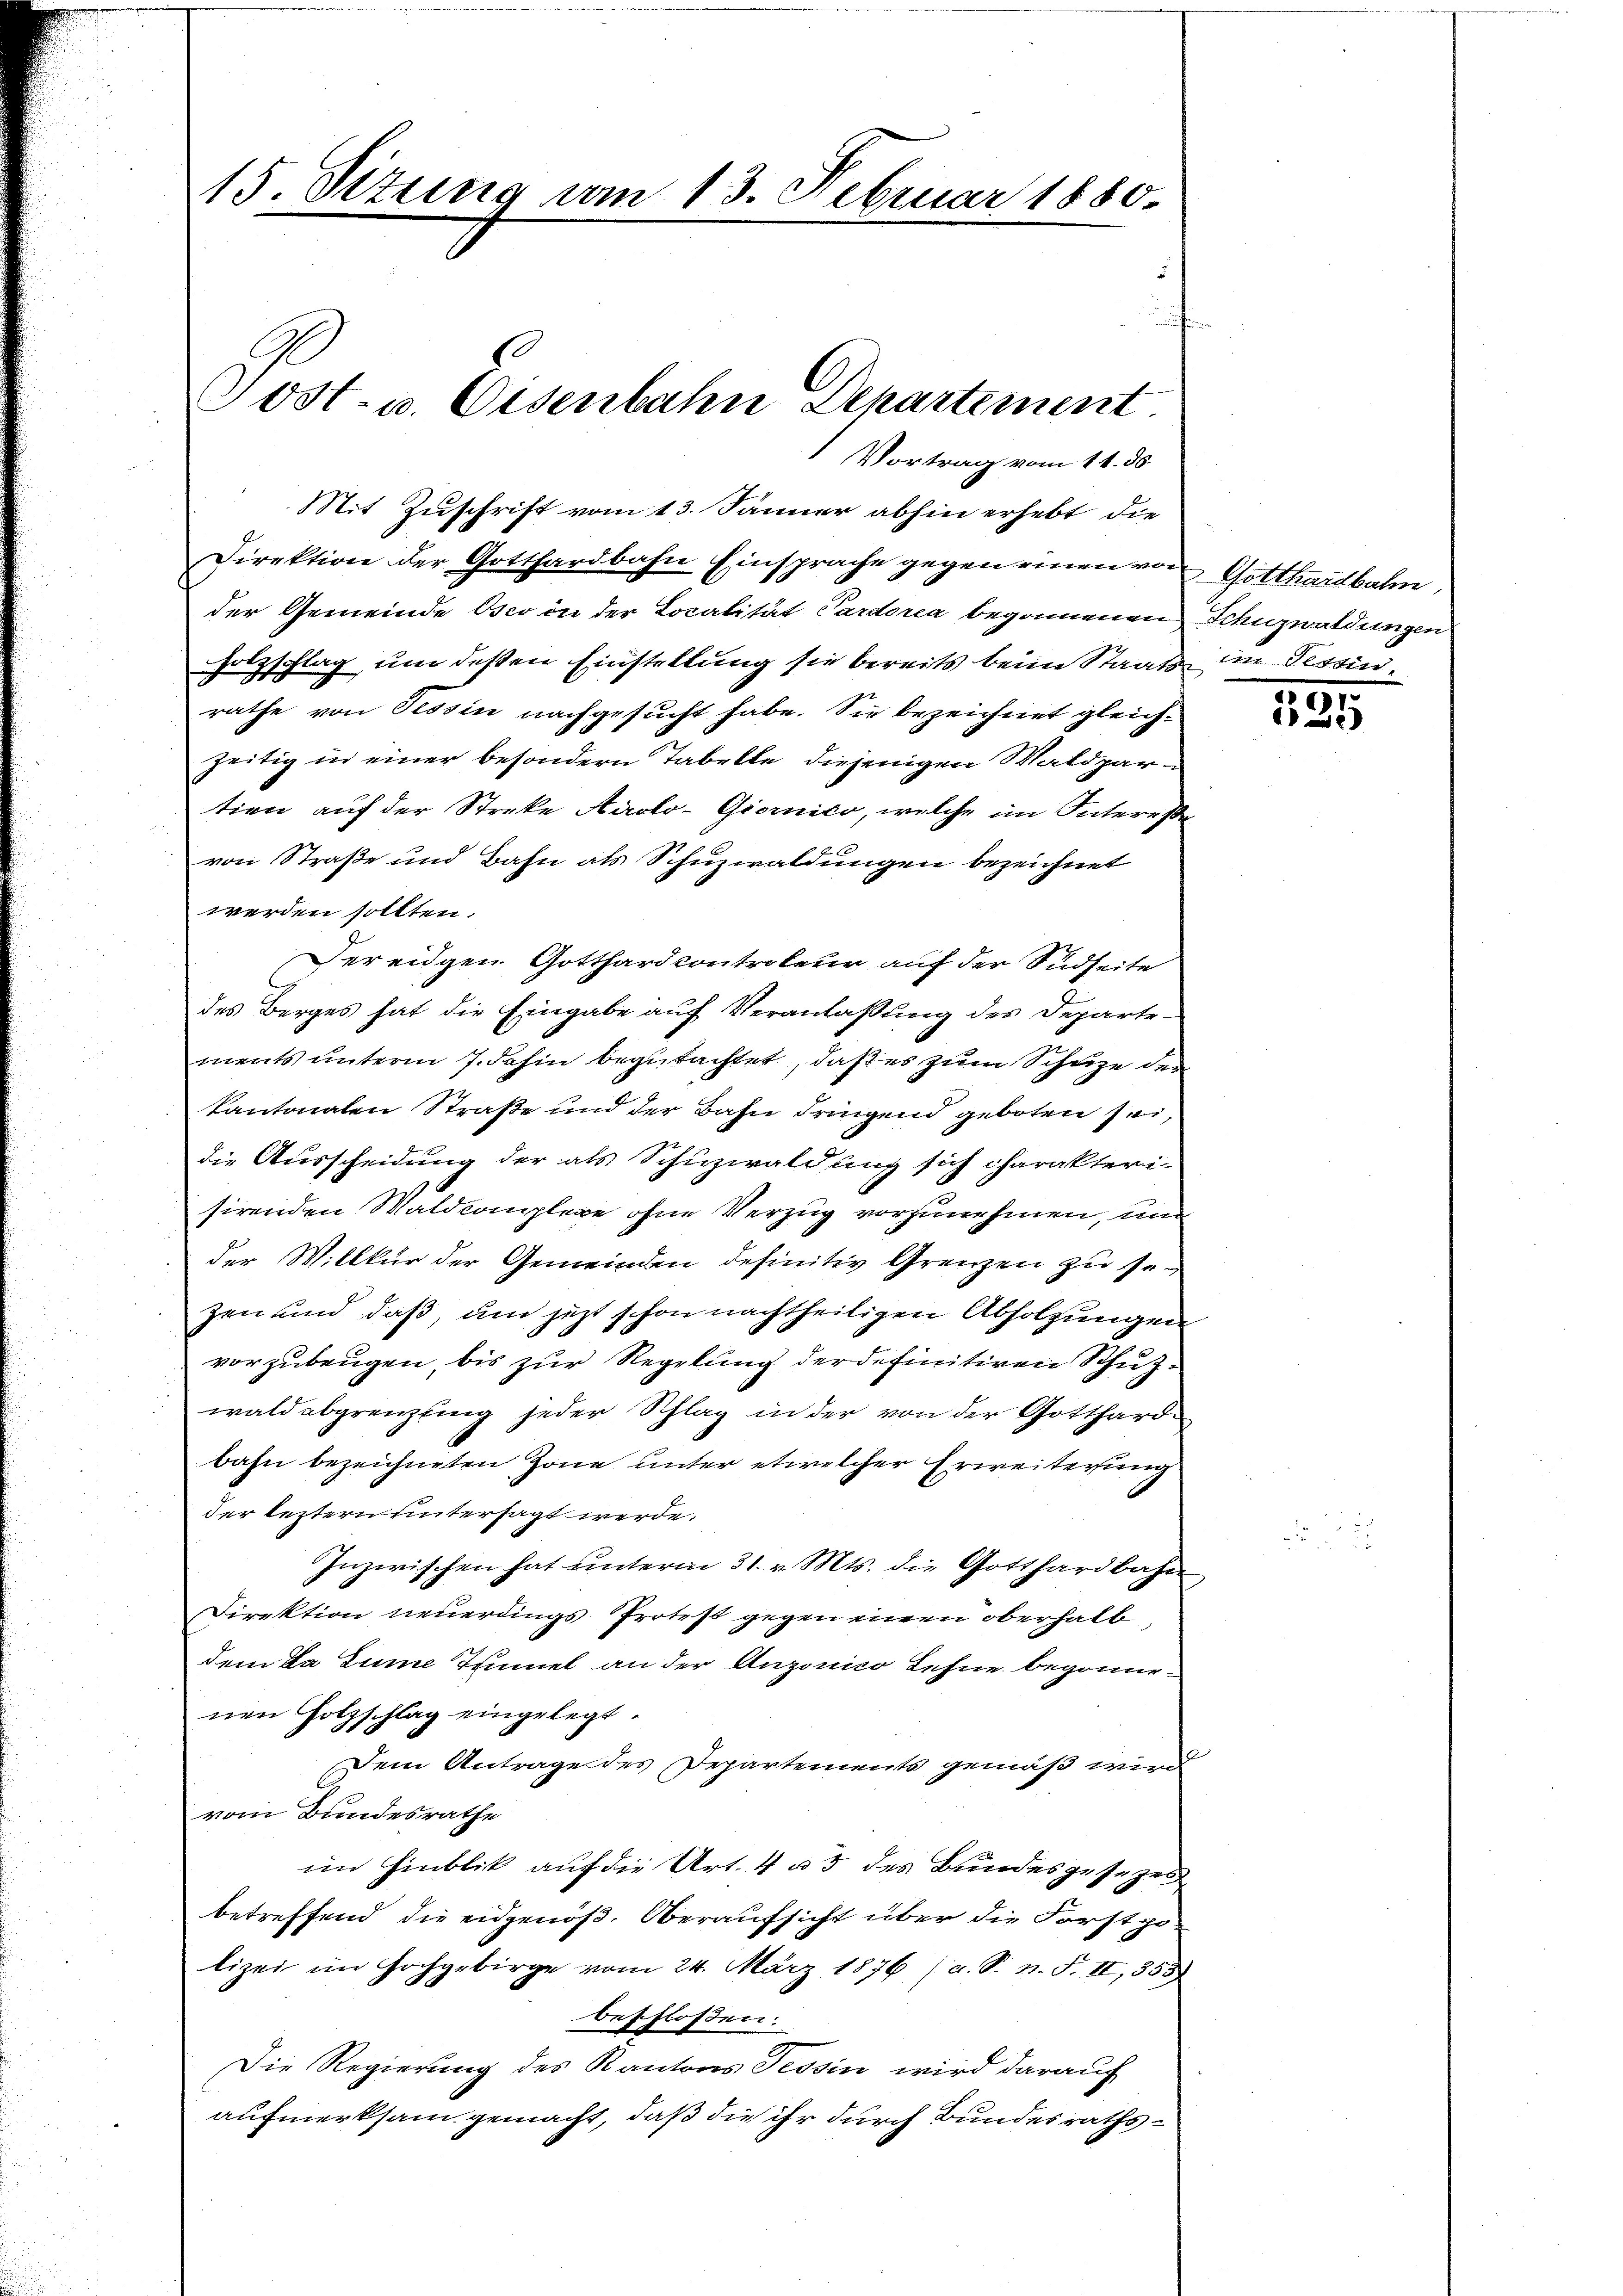
15 Situng vom 13. Februar 1880.
Post- u. Eisenbahn Departement.

Mit Zuschrift vom 13. Jänner abhin erhebt die
Direktion der Gotthardbahn Einsprache gegen einen von
der Gemeinde Osco in der Localität Pardorea begonnenen Schnzwaldungen
Holzschlag, um dessen Einstellung sie bereits beim Staats im Tessin
rathe von Tessin nachgesucht habe. Sie bezeichnet gleichzeitig in einer besondern Tabelle diejenigen Waldpartion auf der Streke Auslo-Giornico, welche im Interesse
von Straße und Bahn als Schuzwaldungen bezeichnet
werden sollten.
Fereidgen. Gotthardcontroleur auf der Südseite
des Berges hat die Eingabe auf Veranlaßung des Departe-
ments unterm 7. dahin begutachtet, daß es zum Schuze der
kantonalen Straße und der Bahn dringend geboten sei,
die Ausscheidung der als Schuzwaldung sich charakteri-
sirenden Waldkomplexe ohne Verzug vorzunehmen, und
der Willkür der Gemeinden definitiv Grenzen zu sezen und daß, um jetzt schon nachtheiligen Abholzungen
vorzubeugen, bis zur Regelung der definitiven Schutzwald abgrenzling jeder Schlag in der von der Gotthardbahn bezeichneten Zone unter etwelcher Erweiterung
der leztern untersagt werde.
Inzwischen hat unterm 31. v. Mts. die Gotthardbahn
Direktion neuerdings Protest gegen einen oberhalb,
dem Da Zume Tennel an der Anzonico Lehne begonnenen Holzschlag eingelegt.
Dem Antrage des Departements gemäß wird
vom Bundesrathe
im Hinblik auf die Art. 4 a 3 des Bundesgesezes
betreffend die eidgenöß. Oberaufsicht über die Forstpo-
lizei im Hochgebirge vom 24. März 1876 (a. S. n. F. II, 353)
beschlossen:
Die Regierung des Kantons Tessin wird darauf
aufmerksam gemacht, daß die ihr durch Bundesraths¬

Vortrag vom 11. ds

Gotthardbahn

291.
2